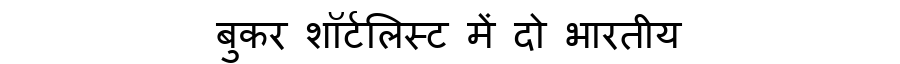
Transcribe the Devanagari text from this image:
बुकर शॉर्टलिस्ट में दो भारतीय